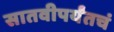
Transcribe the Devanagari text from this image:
सातवीपर्यंतचं